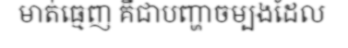
មាត់ធ្មេញ គឺជាបញ្ហាចម្បងដែល